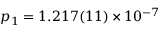
p _ { 1 } = 1 . 2 1 7 ( 1 1 ) \times 1 0 ^ { - 7 }